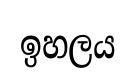
ඉහලය